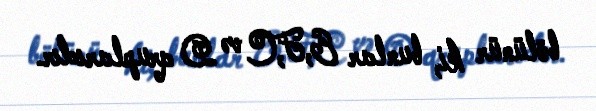
bölünür ki, bunlar E,F,C və D qruplarıdır.